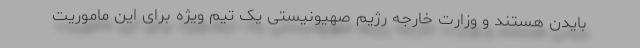
بایدن هستند و وزارت خارجه رژیم صهیونیستی یک تیم ویژه برای این ماموریت